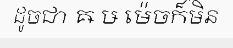
ដូចជា ឝ ឞ ម៉េចក៏មិន